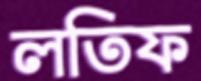
লতিফ